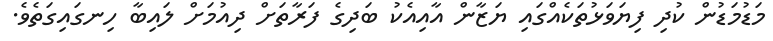
މަޑުމަޑުން ކުދި ފިޔަވަޅުތަކެއްގައި ޔަޒާން އާއިއެކު ބަދިގެ ފަރާތަށް ދިއުމަށް ލައިބާ ހިނގައިގަތެވެ.